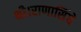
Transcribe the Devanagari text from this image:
थी।राणासिंघे